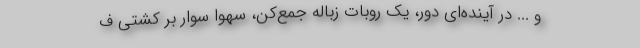
و ... در آینده‌ای دور، یک روبات زباله جمع‌کن، سهوا سوار بر کشتی ف